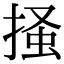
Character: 掻